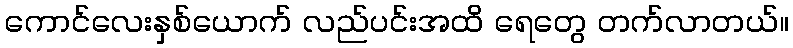
ကောင်လေးနှစ်ယောက် လည်ပင်းအထိ ရေတွေ တက်လာတယ်။